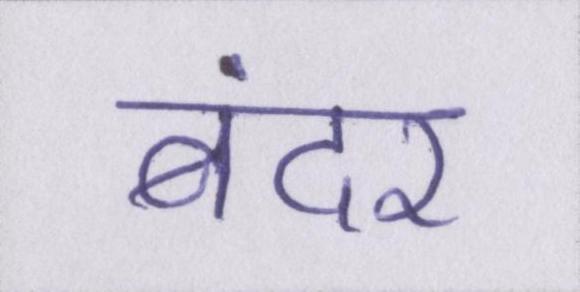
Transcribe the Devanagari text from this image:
बंदर